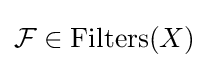
{\mathcal {F}}\in \operatorname {Filters} (X)